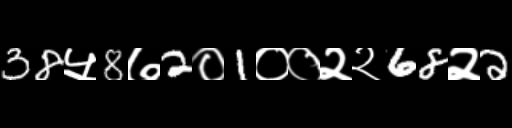
Text: 38५8७2०1००२२68२2